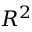
R ^ { 2 }